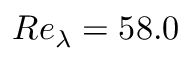
R e _ { \lambda } = 5 8 . 0